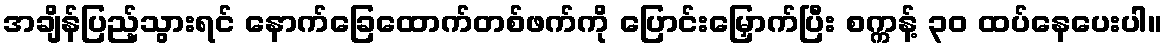
အချိန်ပြည့်သွားရင် နောက်ခြေထောက်တစ်ဖက်ကို ပြောင်းမြှောက်ပြီး စက္ကန့် ၃၀ ထပ်နေပေးပါ။